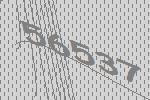
56537